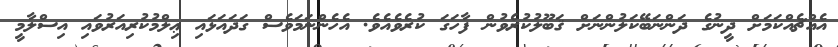
އެއްޗެއްކަމަށް ދީނުގެ ދަންނަބޭކަލުންނަށް ޤަބޫލުކުރެވުން ފާހަގަ ކުރެވެއެވެ. އެހެންނަމަވެސް ގަދައަޅައި ޢިލްމުކުރިއަރުވައި އިސްލާމީ